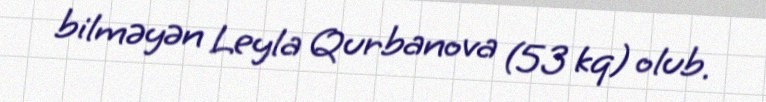
bilməyən Leyla Qurbanova (53 kq) olub.